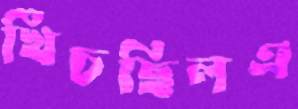
খিঁচছিলএ